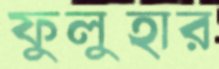
ফুলুহার